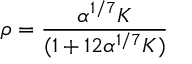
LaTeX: \rho = \frac { \alpha ^ { 1 / 7 } K } { ( 1 + 1 2 \alpha ^ { 1 / 7 } K ) }